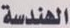
الهندسة